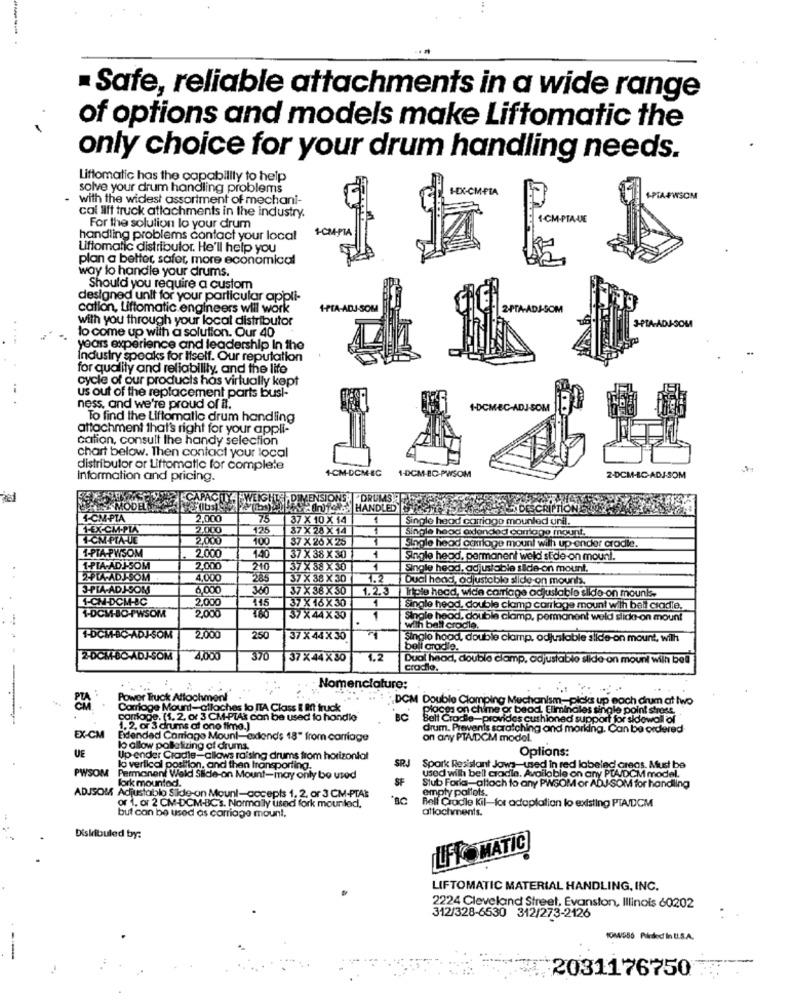
· Safe, reliable attachments in a wide range
of options and models make Liftomatic the
only choice for your drum handling needs.
Liftomatic has the capability to help
solve your drum handling problems
HEX-CM-PIA
with the widest assortment of mechani-
PIA#WSOM
cal lift truck attachments in the industry.
For the solution lo your drum
1-CM-PIA
handling problems contact your local
Liftomatic distributor. He'll help you
plan a better, safer, more economical
way to handle your drums.
Should you require a custom
designed unit for your particular appli-
cation, Liftomatic. engineers will work
1-PTA-ADJ-SOM
with you through your local distributor
J-PIA-AD
to come up with a solution. Our 40
years experience and leadership In the
Industry spoaks for Itself. Our reputation
for quality and reliability, and the life
cycle of our products has virtually kept
us out of the replacement parts busl-
ness, and we're proud of il.
1-DCMEC-ADJ-SOM
To find the Liftomatlo drum handling
attachment that's right for your appli-
cation, consult the handy selection
chart below. Then contact your local
distributor or Liftomatic for complete
4CM-DCM-EC
Information and pricing.
1-DCM-BC-PWSOM
2-0CM-BC-ADJ-SOM
CAPACITY. WEIGHT ,DIMENSIONS DRUMS
CAPACITY
MODEL
HANDLED ASSEZ
4-CM
2,000
75
37 X 10 X 14
1
Single head cariago mounled unil.
1-EX-CM-PIA
2,000
125
37 X 28 X 14
Single head axlanded camtage mount.
1-CM-PTA-JE
2,000
100
37 X 20 X 25
1-PTA-PWSOM
2.000
Single head camlage mount with up ender cradle.
140
37X 38 X 30
1
Single head, permanent weld side-on mount.
1-PIA-ADJ-SOM
2.000
210
37X 88 X 30
Single head, adjustable side-on mount.
2-PLA-ADJ-SOM
4,000
285
37X 38 X 30
1.2
Dual head, adjustable slide-on mounts.
3-PIA.ADJ-SOM
6,000
360
37X 38 X30
1.2.3
Triple head, wide carriage adjustable sildo on mounts-
1-CN-DCMHBC
2,000
37 X 16 X 30
1
Single heod, double clamp carrlage mount with belt ciadie,
1-0CM-BO-FWSOM
2,000
160
37X 44X30
1
Single hood, double clamp, permanent weld slida-on mount
with ball crocile.
1-DCM-BO-ADJ-SOM
2.000
250
37 X 44 X 30
Single hood, double clamp, adjustable slide-on mount, wilh
bell cradle.
2.0CM-80-ADJ-SOM
4,000
370
37X44 X 80
1.2
Dual head, double clamp, adjustable slide- on mount wilh bell
Croco.
Nomenclature:
Power Truck Attachment
DCM Double Clamping Mechanism-picks up each drum at two
Carriage Mount-allaches lo ITA Class I Rt truck
place on chime or beod Eliminales single point strose.
Carloge. (1. 2, or 3 CM-PTAs can be used to handle
BC
Belt Crodie-provides cushioned support for sidowall of
1. 2, or 3 drums af ono fima.)
drum. Prevents scratching and morking. Can be ordered
EX-CM
Edendad Carriage Mount-extends 18" from carriage
on any PTA/DCM model.
lo allow poBletizing of drums.
Options:
UE
Up ender Cradle-allows raising drums from horizontal
SRJ
PWSOM
lo vertical postion.
position, and then transporting.
Spark Resistant Jaws-used in red labeled creas. Must be
used wilh bell cradle. Available on any PTA/DCM model.
fork mountod.
ani Weld Siicle-on Mount-may only be used
SF
Stub Forla-attach to any PWSOM or ADJ-SOM for handling
empty pallots.
ADJSOM Adjustable Side-on Mount-accepts 1, 2, or 3 CM-PTAS
Belf Cradle Kil-for adaptation lo existing PTA/DCM
but can be used as carriage mount.
or 1. or 2 CM-DCM-BC's. Normally used fork mounled,
atlochments.
Diskibuled by:
LFKO MATIC
LIFTOMATIC MATERIAL HANDLING, INC.
2224 Cleveland Street, Evanston, Illinois 60202
312/328-6530 312/273-2126
..
1004/556 Pulrded In U.S.A.
2031176750